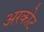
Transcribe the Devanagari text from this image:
अरकोट